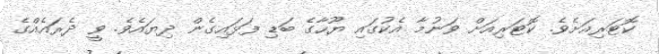
ކޮޓަރިއަށެވެ. ކޮޓަރިއަށް ވަނުމާ އެކުގައި ޔޫހާގެ ބަޑި ފަޅައިގެން ދިޔައެވެ. ވީ ދެރައެއްގެ